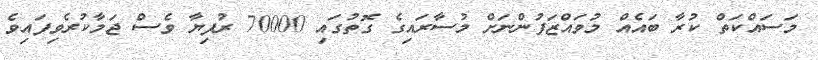
މަސައްކަތް ކުރާ ބައެއް މުވައްޒަފުންނަށް މުސާރައިގެ ގޮތުގައި 70000 ރުފިޔާ ވެސް ޖަމާކުރެވިފައިވެ